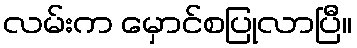
လမ်းက မှောင်စပြုလာပြီ။